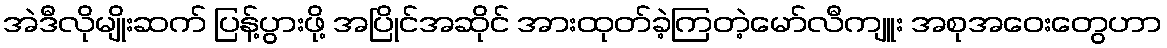
အဲဒီလိုမျိုးဆက် ပြန့်ပွားဖို့ အပြိုင်အဆိုင် အားထုတ်ခဲ့ကြတဲ့မော်လီကျူး အစုအဝေးတွေဟာ